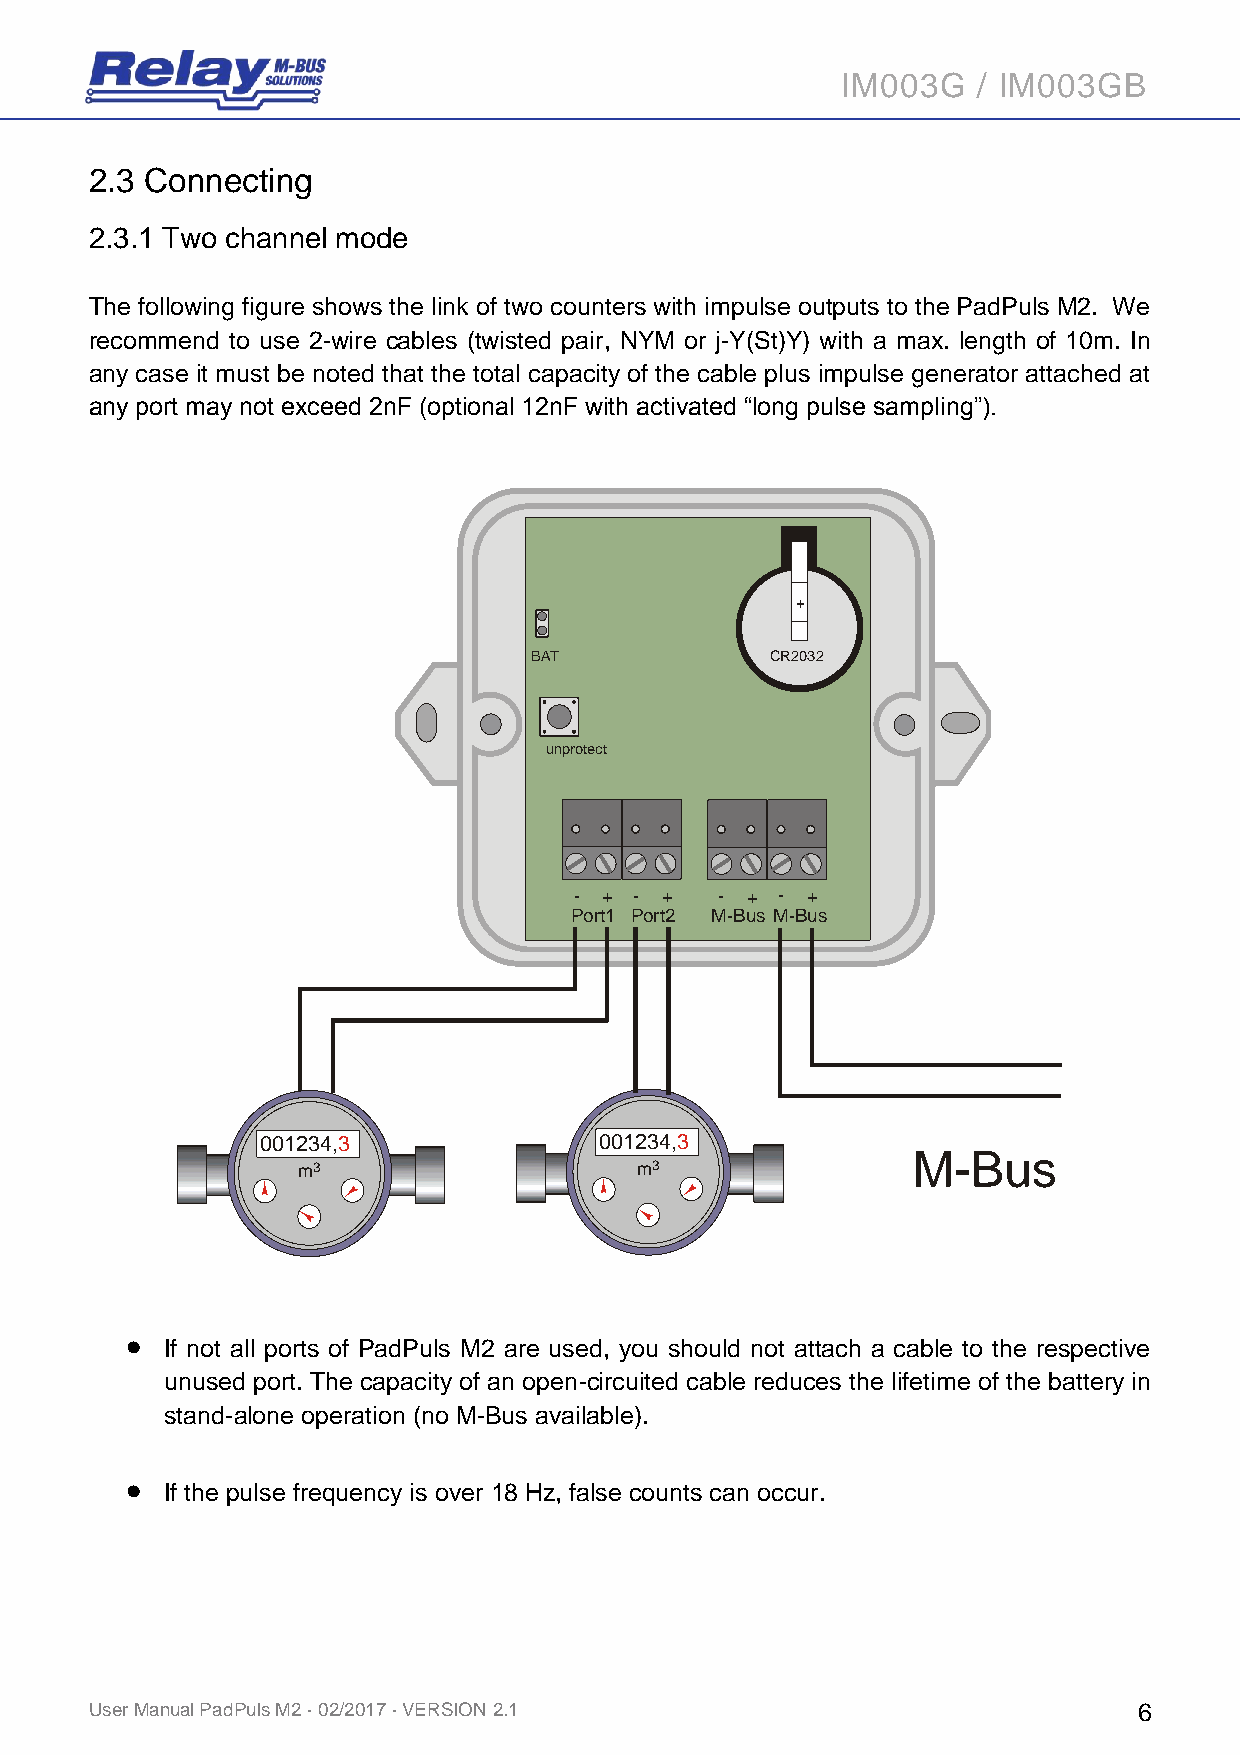
IM003G   / IM003GB
 2.3 Connecting
 2.3.1 Two channel mode
 The following figure shows the link of two counters with impulse outputs to the PadPuls M2. We
 recommend to use 2-wire cables (twisted pair, NYM or j-Y(St)Y) with a max. length of 10m. In
 any case it must be noted that the total capacity of the cable plus impulse generator attached at
 any port may not exceed 2nF (optional 12nF with activated “long pulse sampling”).
 +
 BAT             CR2032
 unprotect
 - + - +   - + - +
 Port1 Port2 M-Bus M-Bus
 001234,3               001234,3
 M-Bus
 m3                    m3
 
 If not all ports of PadPuls M2 are used, you should not attach a cable to the respective
 unused port. The capacity of an open-circuited cable reduces the lifetime of the battery in
 stand-alone operation (no M-Bus available).
 
 If the pulse frequency is over 18 Hz, false counts can occur.
 User Manual PadPuls M2 · 02/2017 · VERSION 2.1                       6